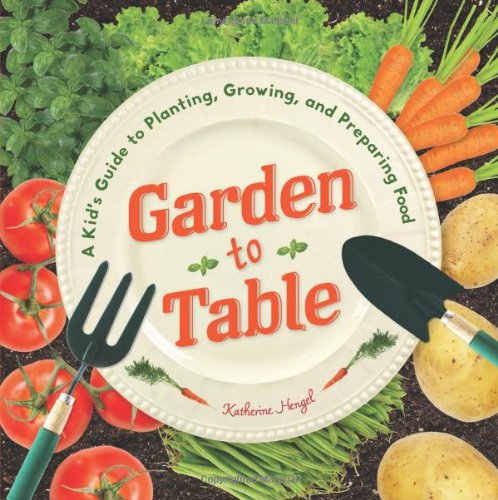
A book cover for Garden to Table: A Kid's Guide to Planting, Growing, and Preparing Food; Katherine Hengel; Children's Books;